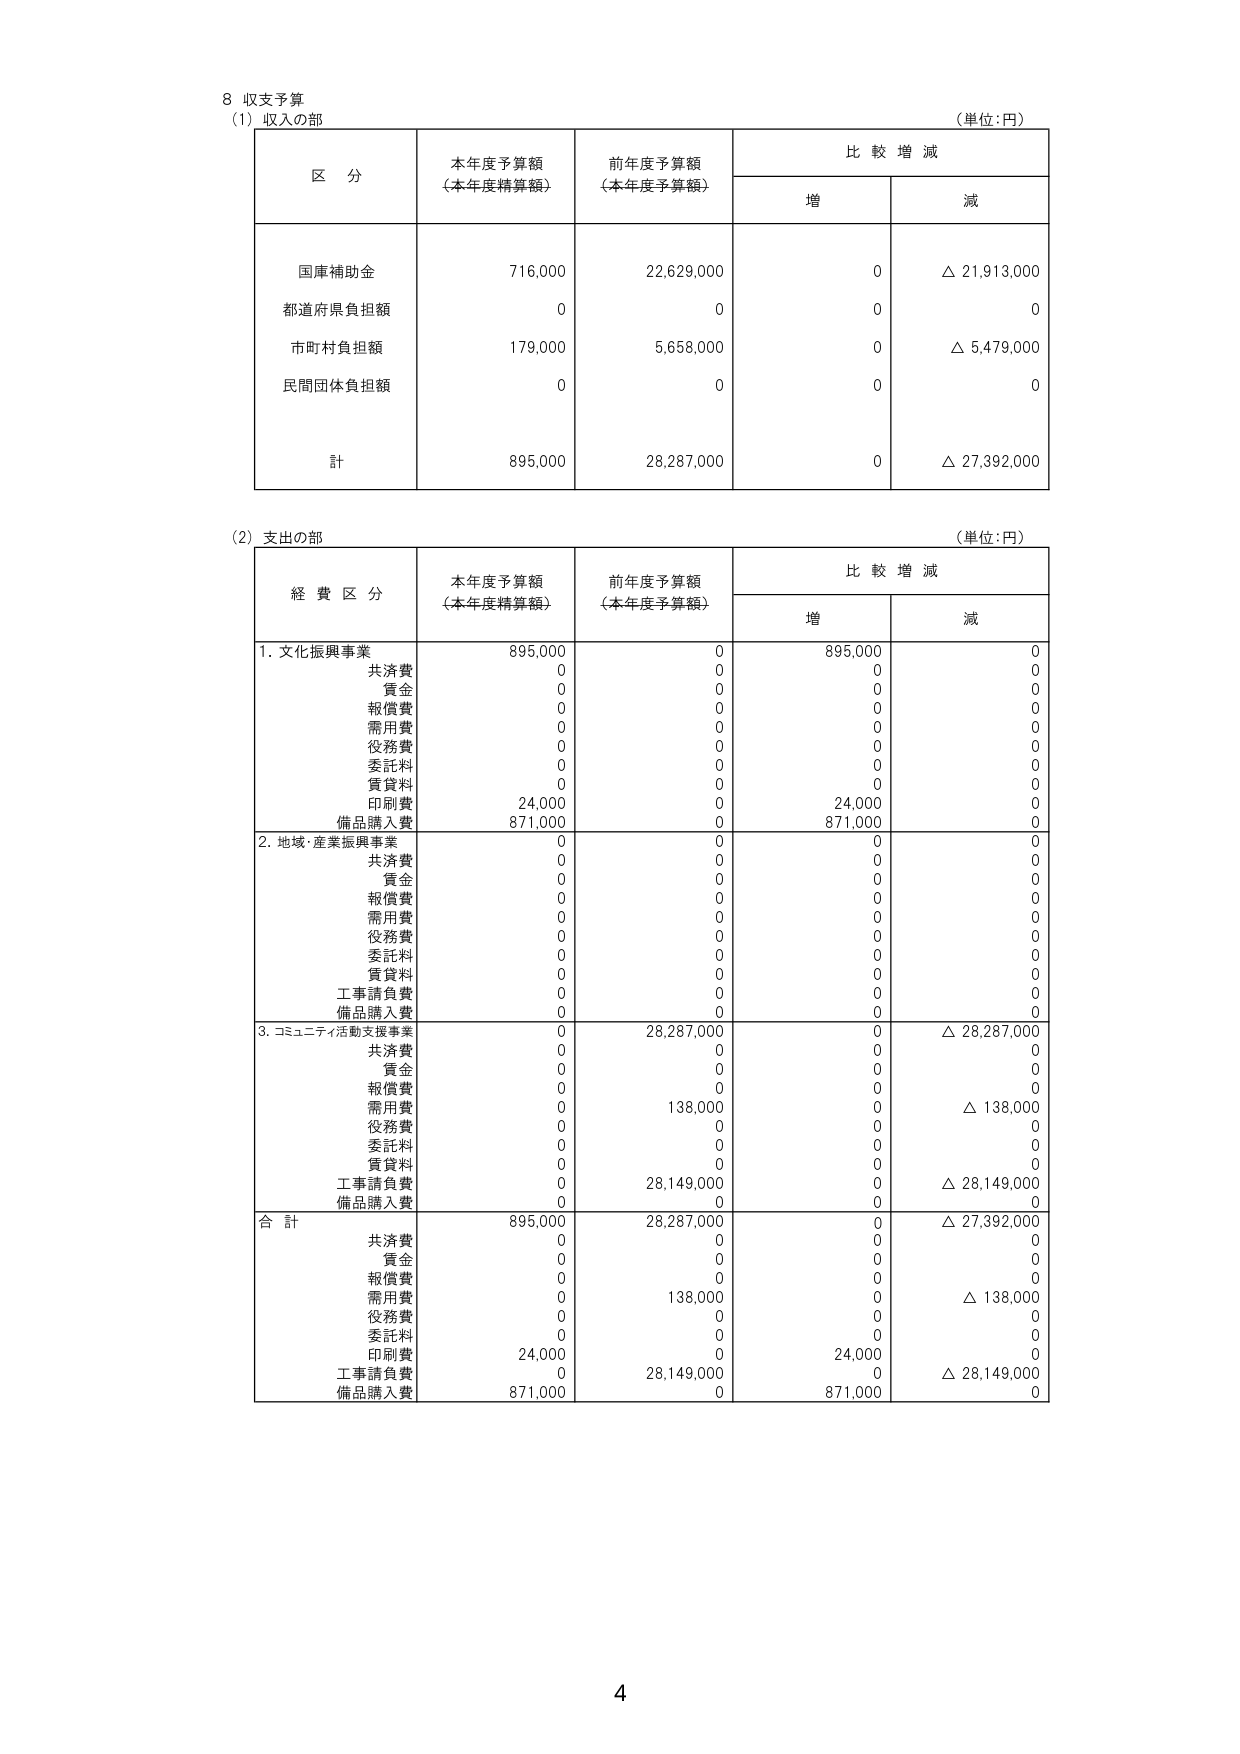
8 収支予算
(1) 収入の部
（単位：円）
区 分 本年度予算額 （本年度精算額） 前年度予算額 （本年度予算額） 比 較 増 減